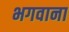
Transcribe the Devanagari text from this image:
भगवाना